Source: Handwritten
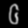
Digit: ၆ (6)